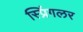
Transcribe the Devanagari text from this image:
स्प्रिंगलर